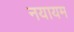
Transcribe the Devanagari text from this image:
नयायम